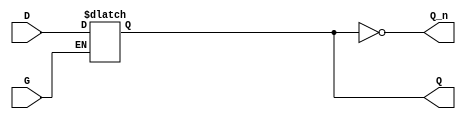
module Gated_D_Latch (
    input wire D,       // Data input
    input wire G,       // Gating control signal
    output reg Q,       // Output
    output wire Q_n     // Complementary output
);

// Assign complementary output
assign Q_n = ~Q;

// Always block for the latch functionality
always @ (G or D) begin
    if (G) begin
        Q <= D; // When G is high, Q follows D
    end
    // When G goes low, Q holds its value
end

endmodule